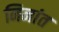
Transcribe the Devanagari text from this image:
निनांत